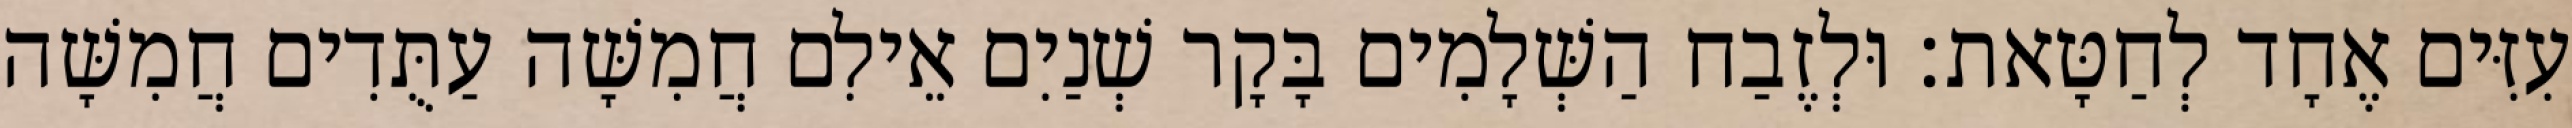
עִזִּים אֶחָד לְחַטָּאת׃ וּלְזֶבַח הַשְּׁלָמִים בָּקָר שְׁנַיִם אֵילִם חֲמִשָּׁה עַתֻּדִים חֲמִשָּׁה